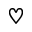
\heartsuit